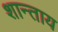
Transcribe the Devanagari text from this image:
शान्ताय